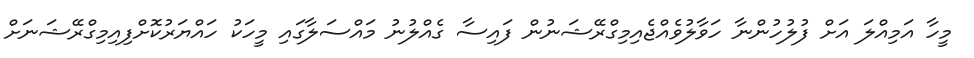
މީހާ އަމިއްލަ އަށް ފުލުހުންނާ ހަވާލުވެއްޖެއިމިގްރޭޝަނުން ފައިސާ ގެއްލުނު މައްސަލާގައި މީހަކު ހައްޔަރުކޮށްފިއިމިގްރޭޝަނަށް